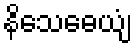
နိသေဓေယျံ